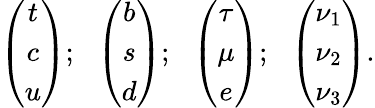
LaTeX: \left(\begin{array}{c}{{t}}\\ {{c}}\\ {{u}}\end{array}\right);\ \ \left(\begin{array}{c}{{b}}\\ {{s}}\\ {{d}}\end{array}\right);\ \ \left(\begin{array}{c}{{\tau}}\\ {{\mu}}\\ {{e}}\end{array}\right);\ \ \left(\begin{array}{c}{{\nu_{1}}}\\ {{\nu_{2}}}\\ {{\nu_{3}}}\end{array}\right).